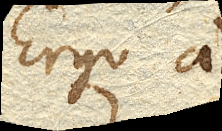
Ergo a